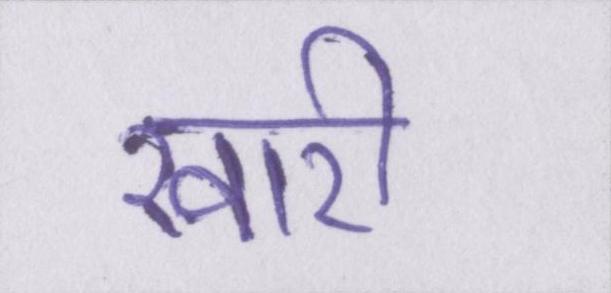
खारी